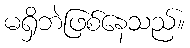
မရှိဘဲဖြစ်နေသည်။